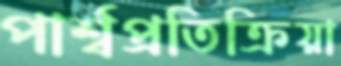
পার্শ্বপ্রতিক্রিয়া